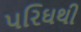
પરિઘથી